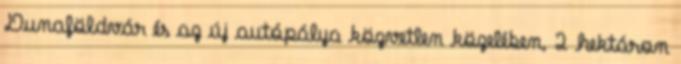
Dunaföldvár és az új autópálya közvetlen közelében, 2 hektáron